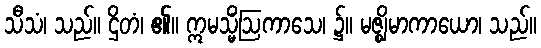
သီသံ၊ သည်။ ဌိတံ၊ ၏။ ဣမသ္မိံဩကာသေ၊ ၌။ မဇ္ဈိမာကာယော၊ သည်။